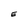
Character: E